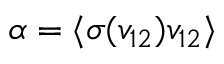
\alpha = \langle \sigma ( v _ { 1 2 } ) v _ { 1 2 } \rangle